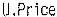
U.PRICE